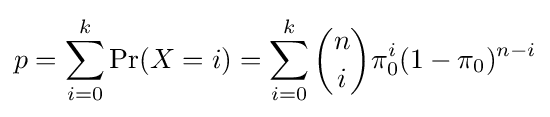
p=\sum _{i=0}^{k}\Pr(X=i)=\sum _{i=0}^{k}{\binom {n}{i}}\pi _{0}^{i}(1-\pi _{0})^{n-i}